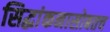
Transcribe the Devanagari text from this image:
सिद्धांकनासोबतच